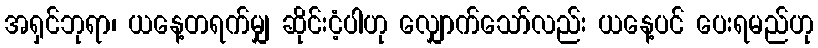
အရှင်ဘုရာ၊ ယနေ့တရက်မျှ ဆိုင်းငံ့ပါဟု လျှောက်သော်လည်း ယနေ့ပင် ပေးရမည်ဟု